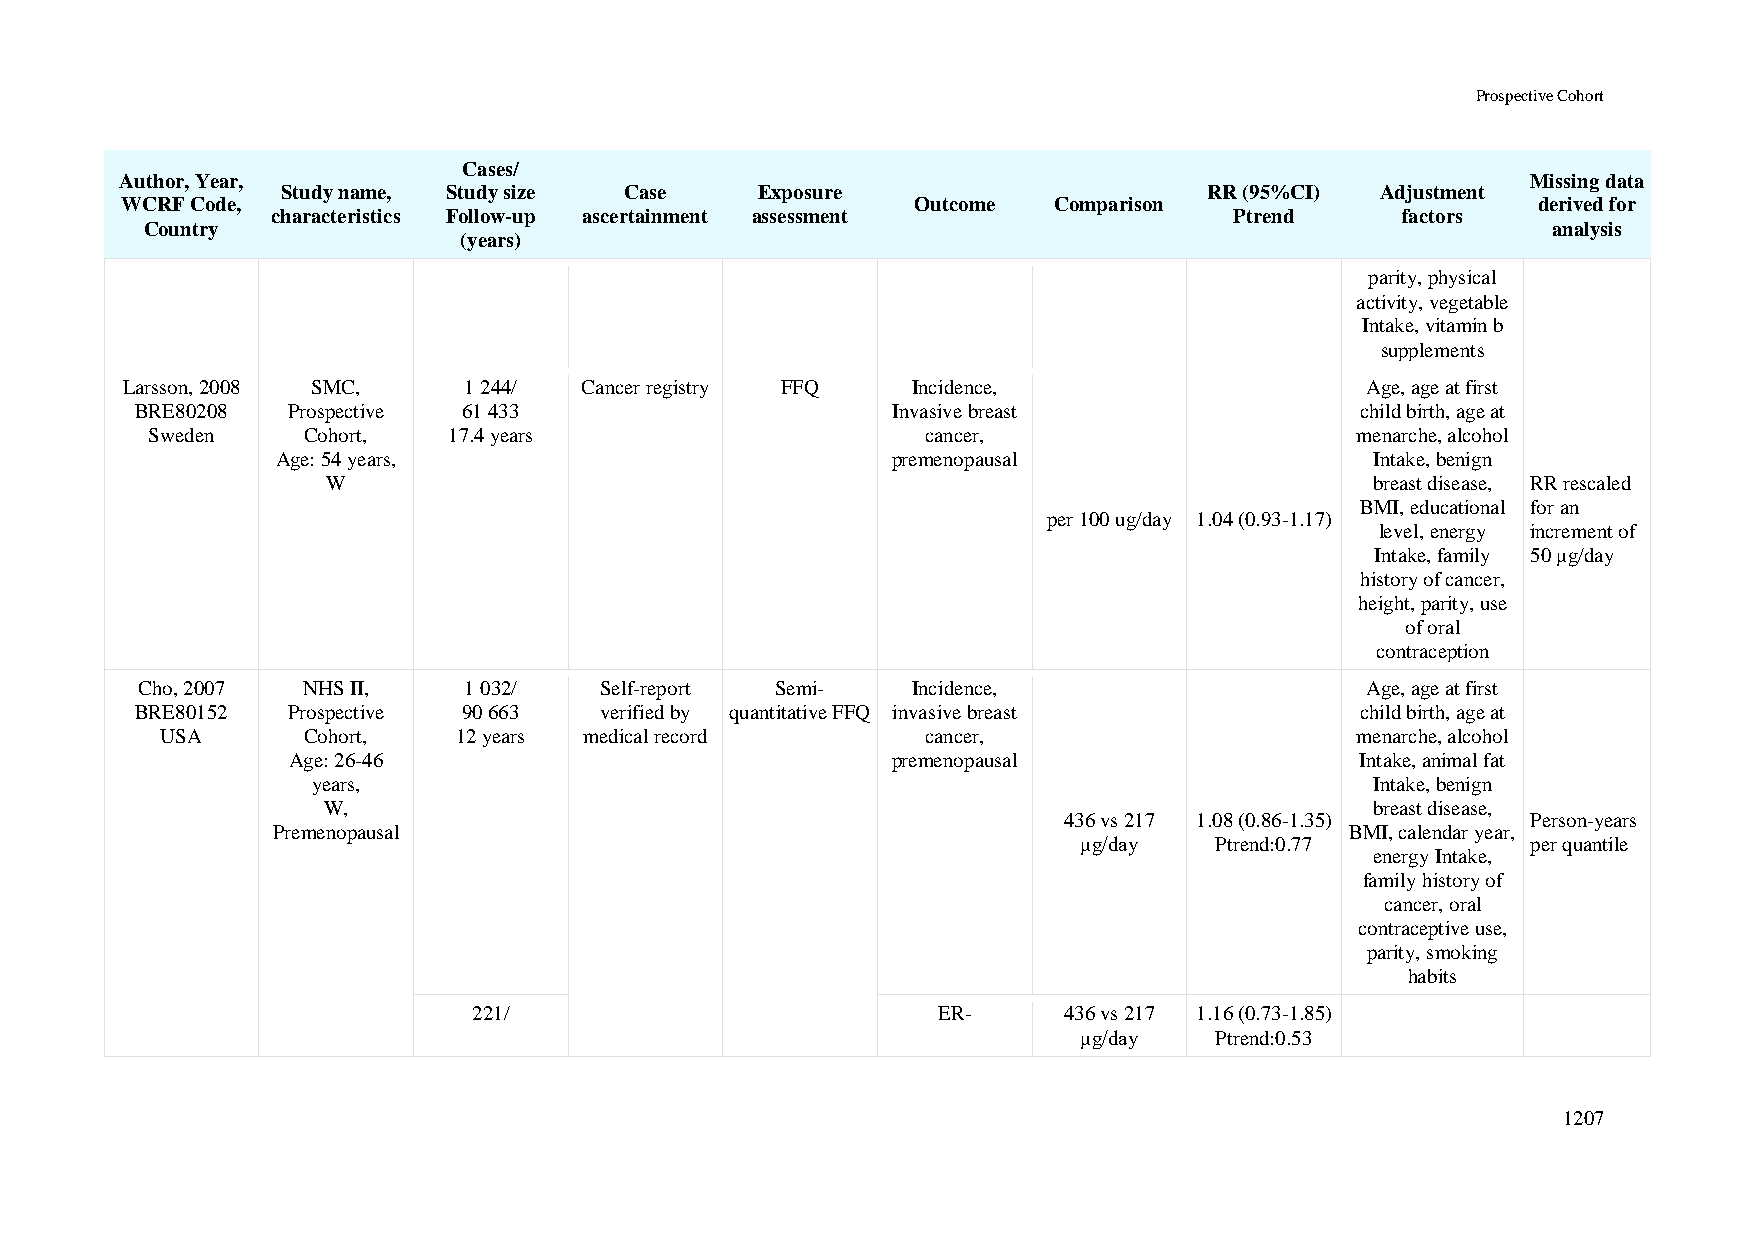
Prospective Cohort
 Cases/
 Author, Year,                                                                                Missing data
 Study name, Study size Case    Exposure                      RR (95%CI) Adjustment
 WCRF Code,                                           Outcome  Comparison                      derived for
 characteristics Follow-up ascertainment assessment              Ptrend     factors
 Country                                                                                      analysis
 (years)
 parity, physical
 activity, vegetable
 Intake, vitamin b
 supplements
 Larsson, 2008 SMC,     1 244/ Cancer registry FFQ   Incidence,                    Age, age at first
 BRE80208  Prospective 61 433                      Invasive breast                child birth, age at
 Sweden    Cohort,   17.4 years                     cancer,                      menarche, alcohol
 Age: 54 years,                           premenopausal                   Intake, benign
 W                                                                    breast disease, RR rescaled
 BMI, educational for an
 per 100 ug/day 1.04 (0.93-1.17)
 level, energy increment of
 Intake, family 50 μg/day
 history of cancer,
 height, parity, use
 of oral
 contraception
 Cho, 2007  NHS II,    1 032/   Self-report Semi-   Incidence,                    Age, age at first
 BRE80152  Prospective 90 663   verified by quantitative FFQ invasive breast      child birth, age at
 USA      Cohort,   12 years medical record        cancer,                      menarche, alcohol
 Age: 26-46                              premenopausal                  Intake, animal fat
 years,                                                                Intake, benign
 W,                                                                    breast disease,
 436 vs 217 1.08 (0.86-1.35)    Person-years
 Premenopausal                                                          BMI, calendar year,
 μg/day  Ptrend:0.77          per quantile
 energy Intake,
 family history of
 cancer, oral
 contraceptive use,
 parity, smoking
 habits
 221/                           ER-     436 vs 217 1.16 (0.73-1.85)
 μg/day  Ptrend:0.53
 1207